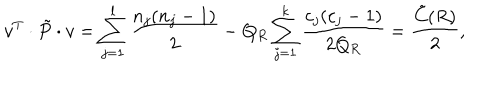
v ^ { T } \cdot \tilde { P } \cdot v = \sum _ { j = 1 } ^ { l } \frac { n _ { j } ( n _ { j } - 1 ) } { 2 } - Q _ { R } \sum _ { j = 1 } ^ { k } \frac { c _ { j } ( c _ { j } - 1 ) } { 2 Q _ { R } } = \frac { \tilde { C } ( R ) } { 2 } ,